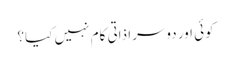
کوئی اور دوسرا ذاتی کام نہیں کیا؟